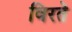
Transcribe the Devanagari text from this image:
विरते